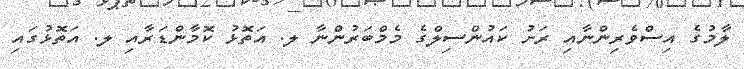
ލާމުގެ އިސްވެރިންނާއި ރަށު ކައުންސިލްގެ މެމްބަރުންނާ ލ. އަތޮޅު ކޮމާންޑަރާއި ލ. އަތޮޅުގައި